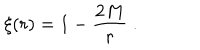
LaTeX: \xi ( r ) = 1 - \frac { 2 M } { r } \; .